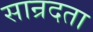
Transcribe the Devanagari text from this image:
सान्रदता